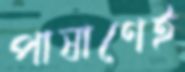
পাষাণেই